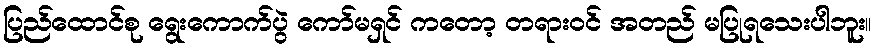
ပြည်ထောင်စု ရွေးကောက်ပွဲ ကော်မရှင် ကတော့ တရားဝင် အတည် မပြုရသေးပါဘူး။